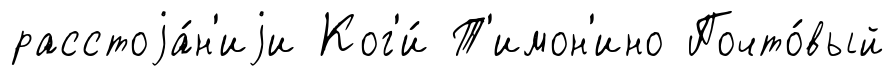
расстоjа́н'иjи Ког'и́ Т'имон'ино Почто́вый